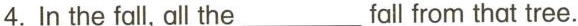
4.In the fall, all the___fall from that tree.